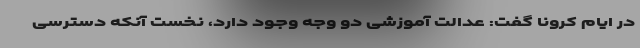
در ایام کرونا گفت: عدالت آموزشی دو وجه وجود دارد، نخست آنکه دسترسی